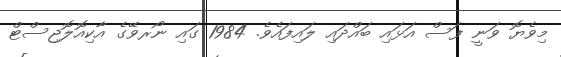
މިވެޔޮ ވަނީ ފަސް އަޅައި ބައްދައި ލައިފައެވެ. 1984 ގައި ނޯރވޭގެ އާކިއޮލޮޖިސްޓް